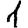
Digit: 1